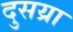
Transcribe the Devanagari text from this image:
दुसय्रा